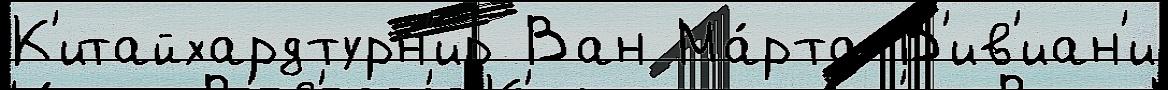
К'итайхардтурн'ир Ван Ма́рта В'ив'иан'и